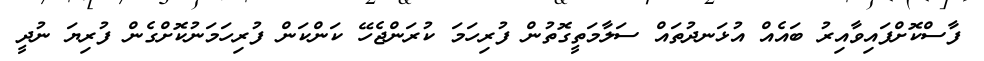
ފާސްކޮށްފައިވާއިރު ބައެއް އުޅަނދުތައް ސަލާމަތީގޮތުން ފުރިހަމަ ކުރަންޖެހޭ ކަންކަން ފުރިހަމަނުކޮށްގެން ފުރިޔަ ނުދީ